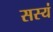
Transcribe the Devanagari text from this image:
सस्यं